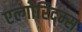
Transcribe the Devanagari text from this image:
एल्गोरिद्म्स